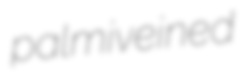
palmiveined